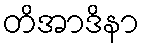
တိအာဒိနာ